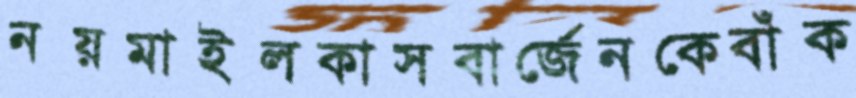
নয়মাইলকাসবার্জেনকেবাঁক